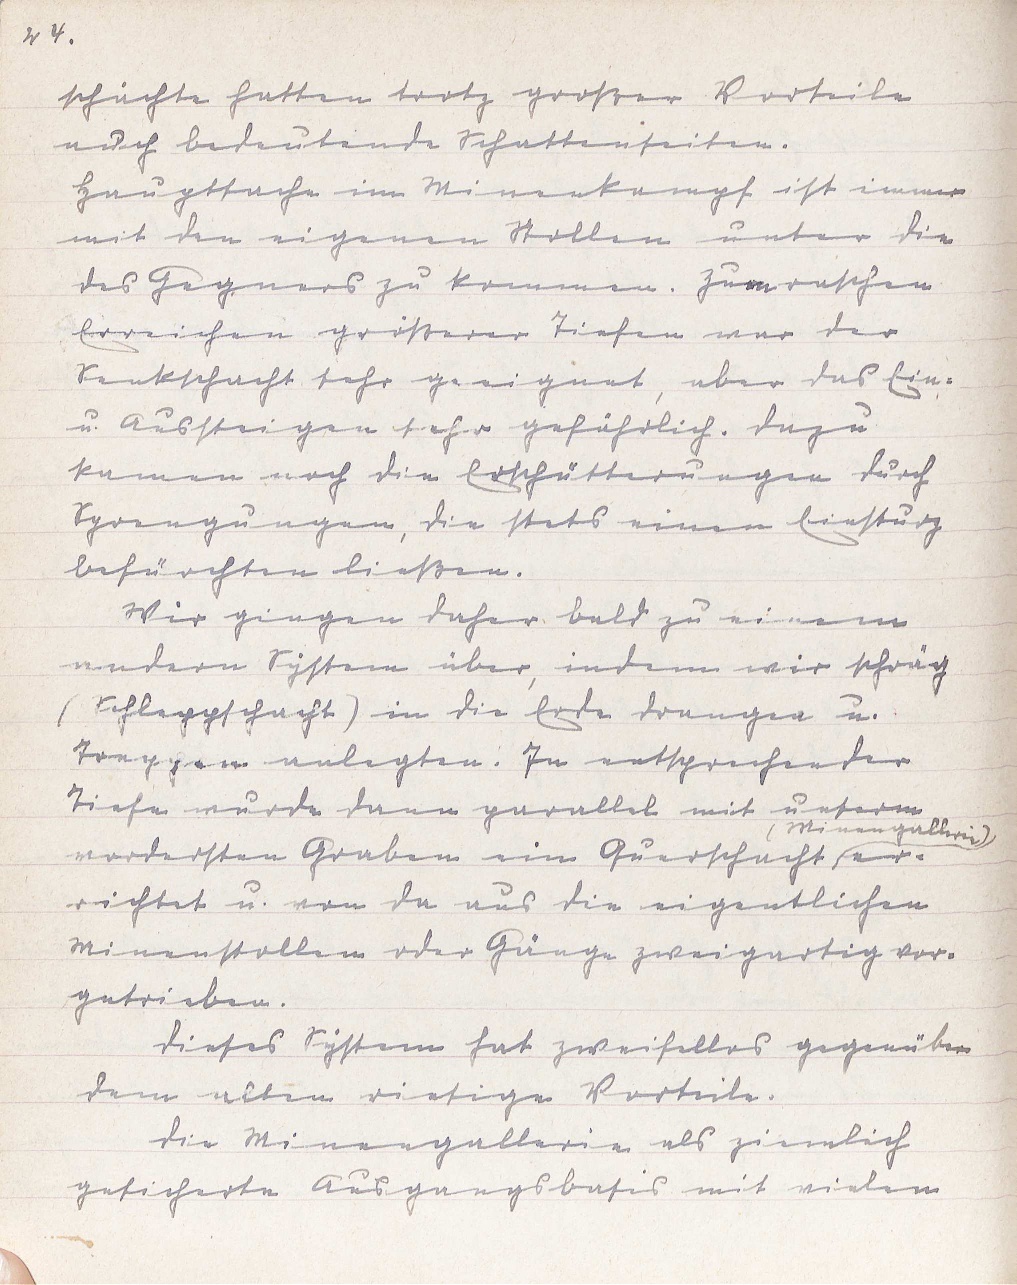
24.
schächte hatten trotz großer Vorteile
auch bedeutende Schattenseiten.
Hauptsache im Minenkampf ist immer
mit den eigenen Stollen unter die
des Gegners zu kommen. Zum raschen
Erreichen größerer Tiefen war der
Senkschacht sehr geeignet, aber das Ein-
u. Aussteigen sehr gefährlich. Dazu
kamen noch die Erschütterungen durch
Sprengungen, die stets einen Einsturz
befürchten ließen.
Wir gingen daher bald zu einem
andern System über, indem wir schräg
(Schleppschacht) in die Erde drangen u.
Treppen anlegten. In entsprechender
Tiefe wurde dann parallel mit unserm
vordersten Graben ein Querschacht
(Minengallerie)
er¬
richtet u. von da aus die eigentlichen
Minenstollen oder Gänge zweigartig vor¬
getrieben.
Dieses System hat zweifellos gegenüber
dem alten riesige Vorteile.
Die Minengallerie als ziemlich
gesichtere Ausgangsbasis mit vielen